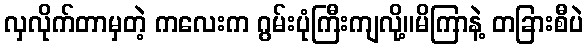
လှလိုက်တာမှတဲ့ ကလေးက ဂွမ်းပုံကြီးကျလို့။မိကြာနဲ့ တခြားစီပဲ